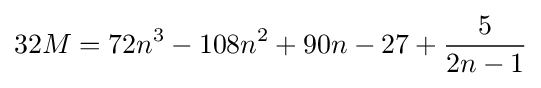
32M=72n^{3}-108n^{2}+90n-27+{5 \over 2n-1}